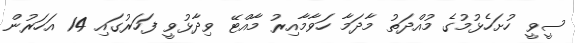
ސީވީ ހުށަހެޅުމުގެ މުއްދަތު މާދަމާ ހަވާމާއިރު މާއްޓޭ ވިދާޅުވީ ފަހަރުގައި 14 އަހަރުން